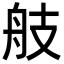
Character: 𦨟